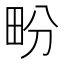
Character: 𤰪